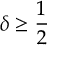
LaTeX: \delta \geq { \frac { 1 } { 2 } }